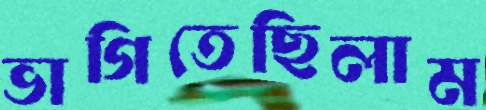
ভাগিতেছিলাম